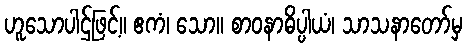
ဟူသောပါဌ်ဖြင့်။ ဧကံ၊ သော။ စာဝနာဓိပ္ပါယံ၊ သာသနာတော်မှ